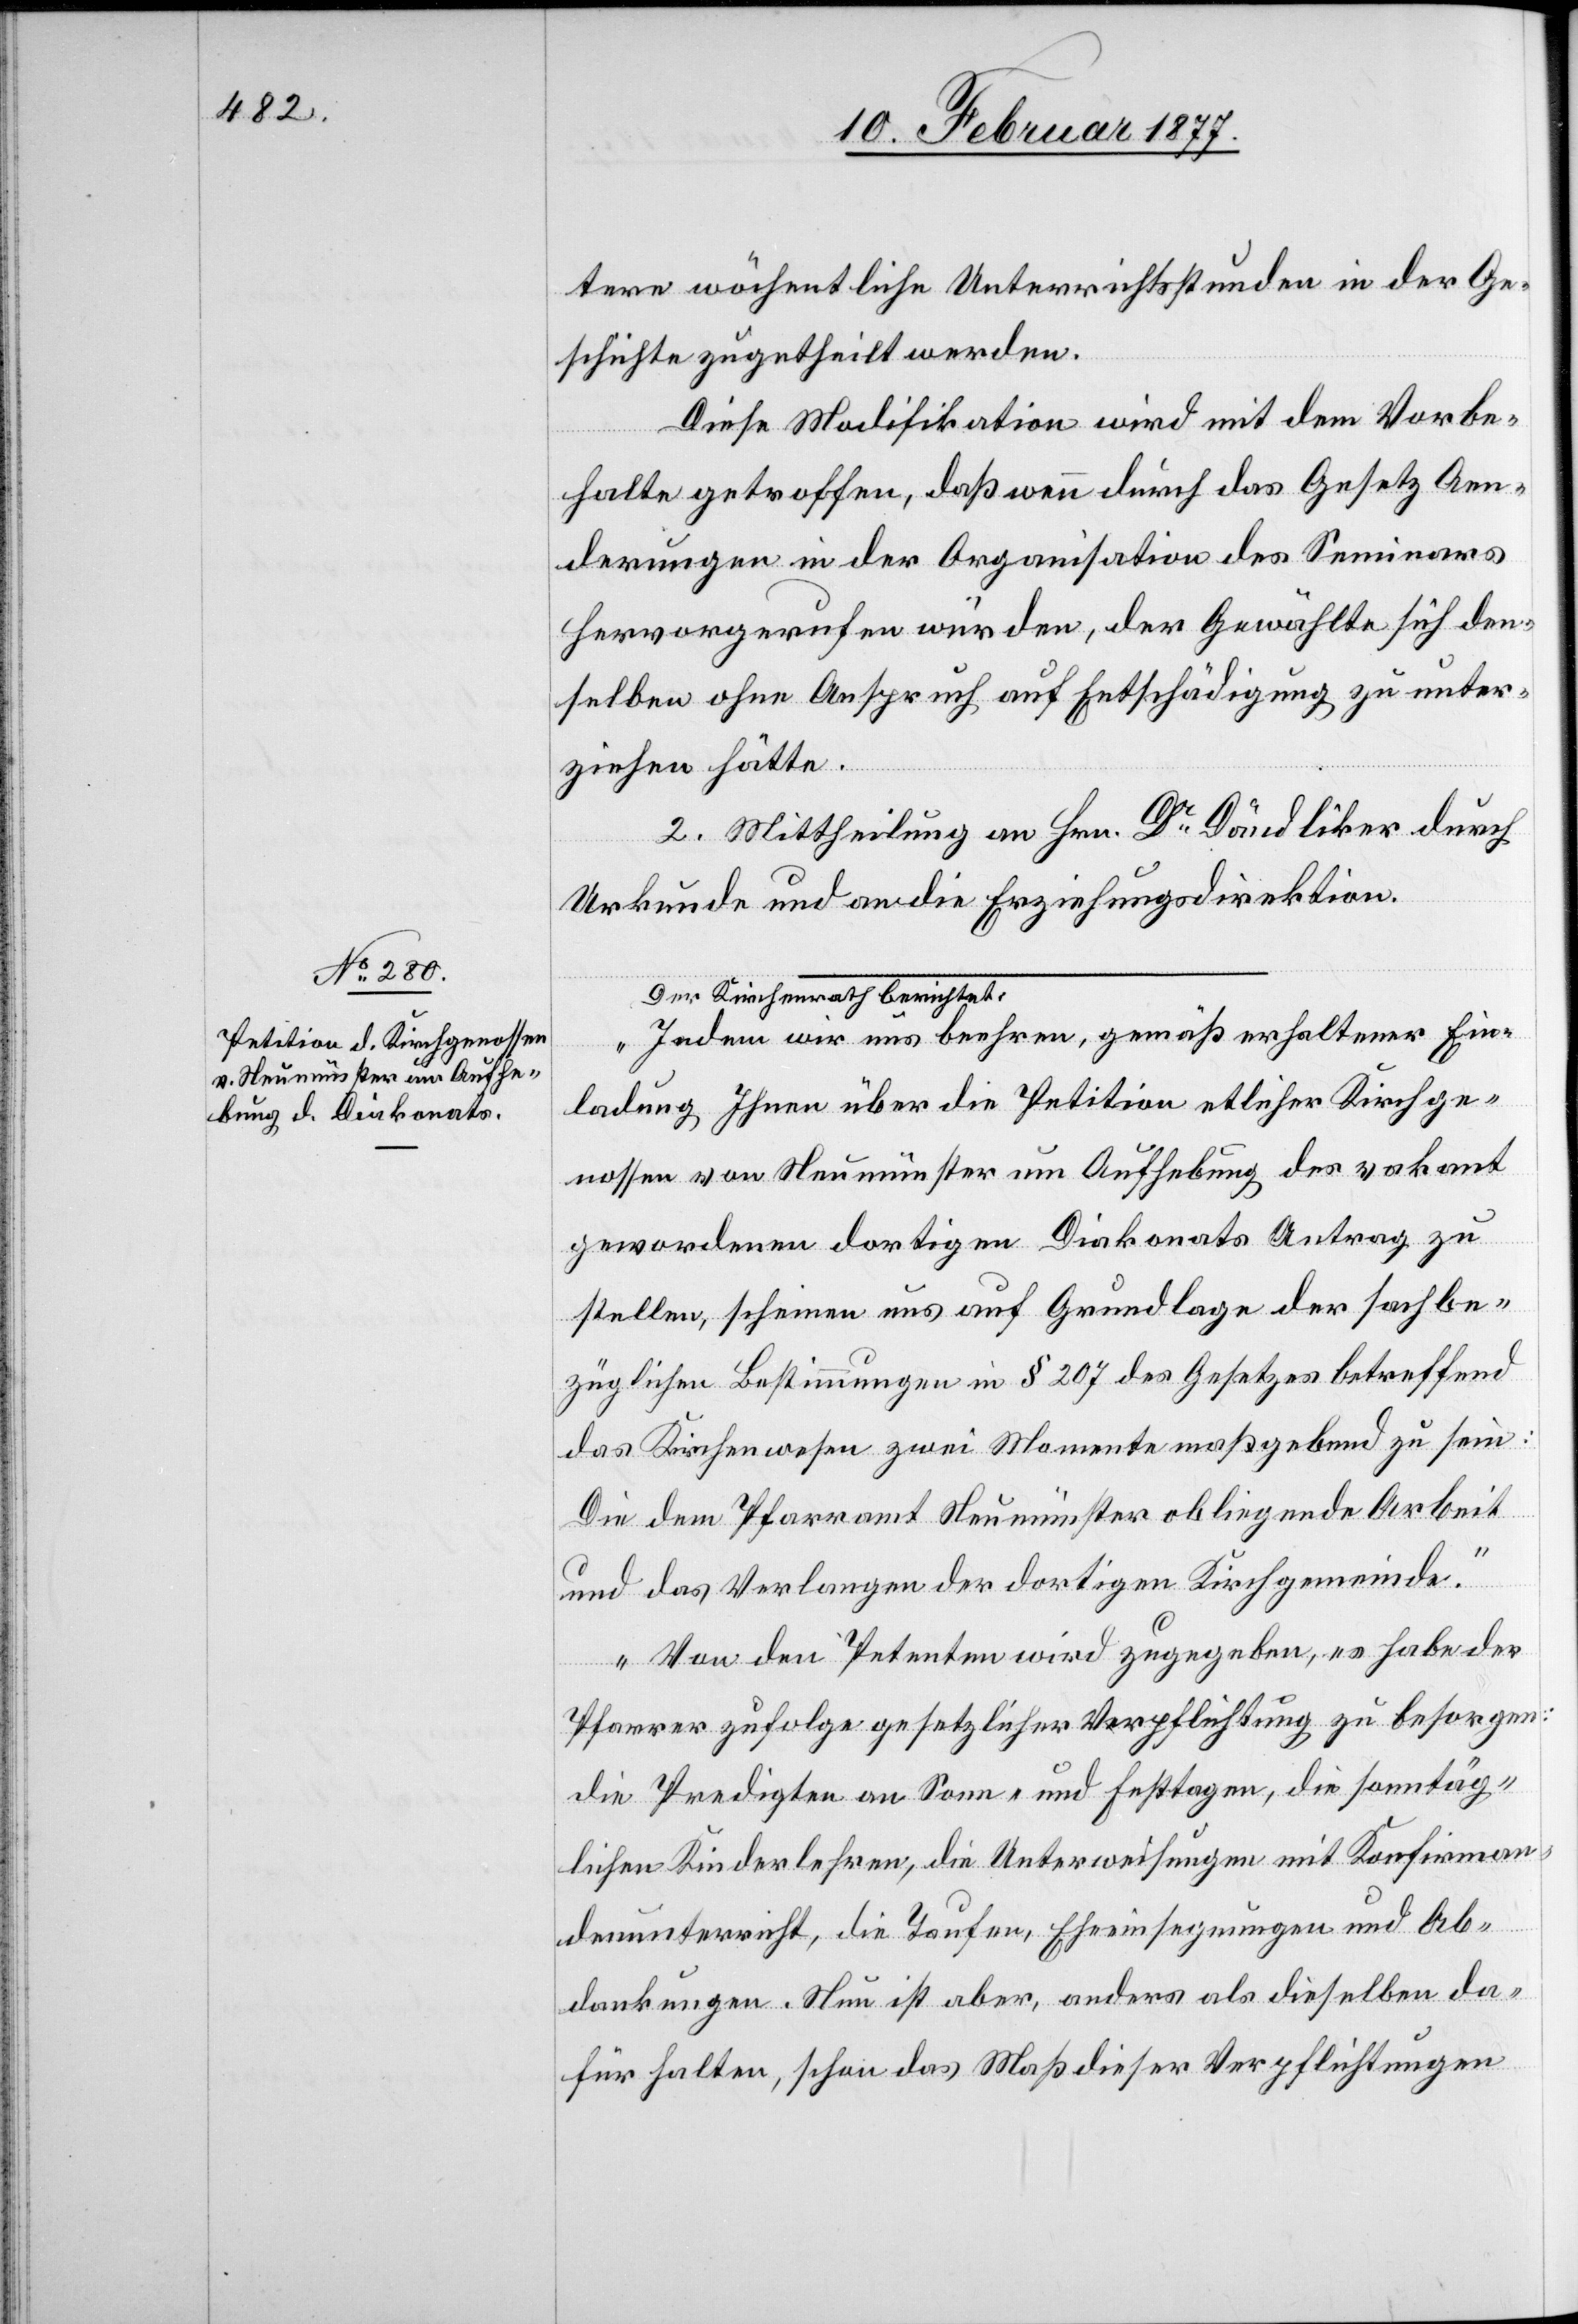
tere wöchentliche Unterrichtsstunden in der Ge¬
schichte zugetheilt werden.
Diese Modifikation wird mit dem Vorbe¬
halte getroffen, daß wenn durch das Gesetz Aen¬
derungen in der Organisation des Seminars
hervorgerufen würden, der Gewählte sich den¬
selben ohne Anspruch auf Entschädigung zu unter¬
ziehen hätte.
2. Mittheilung an Hrn. Dr Dändliker durch
Urkunde und an die Erziehungsdirektion.
a-Der Kirchenrath berichtet:-a
„Indem wir uns beehren, gemäß erhaltener Ein¬
ladung Ihnen über die Petition etlicher Kirchge¬
nossen von Neumünster um Aufhebung des vakant
gewordenen dortigen Diakonats Antrag zu
stellen, scheinen uns auf Grundlage der sachbe¬
züglichen Bestimmungen in § 207 des Gesetzes betreffend
das Kirchenwesen zwei Momente maßgebend zu sein:
Die dem Pfarramt Neumünster obliegende Arbeit
und das Verlangen der dortigen Kirchgemeinde.
Von den Petenten wird zugegeben, es habe der
Pfarrer zufolge gesetzlicher Verpflichtung zu besorgen:
die Predigten an Sonn- und Festtagen, die sonntäg¬
lichen Kinderlehren, die Unterweisungen mit Konfirmat¬
ionsunterricht, die Taufen, Eheeinsegnungen und Ab¬
dankungen. Nun ist aber, anders als dieselben da¬
für halten, schon das Maß dieser Verpflichtungen